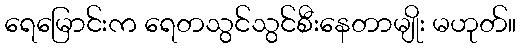
ရေမြောင်းက ရေတသွင်သွင်စီးနေတာမျိုး မဟုတ်။